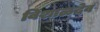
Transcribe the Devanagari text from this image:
विशाळदेव